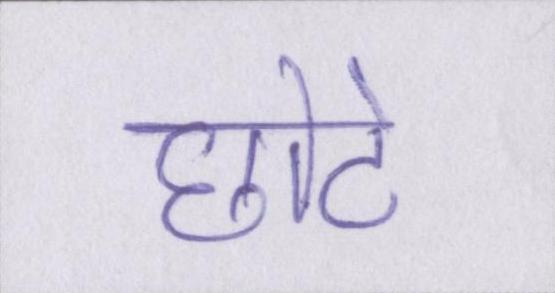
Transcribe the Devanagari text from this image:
छोटे